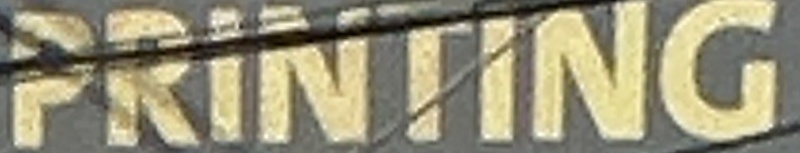
PRINTING